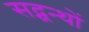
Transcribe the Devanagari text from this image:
सद्ग्रन्थों